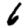
Digit: 6